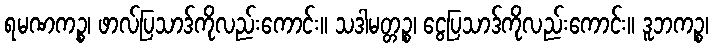
ရမဏကဉ္စ၊ ဖာလ်ပြသာဒ်ကိုလည်းကောင်း။ သဒါမတ္တဉ္စ၊ ငွေပြသာဒ်ကိုလည်းကောင်း။ ဒူဘကဉ္စ၊